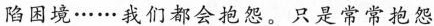
陷困境……我们都会抱怨。只是常常抱怨